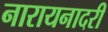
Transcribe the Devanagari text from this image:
नारायनादरी